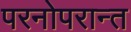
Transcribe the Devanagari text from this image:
परनोपरान्त